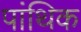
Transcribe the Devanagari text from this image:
पांथिक